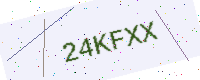
Text: 24KFXX